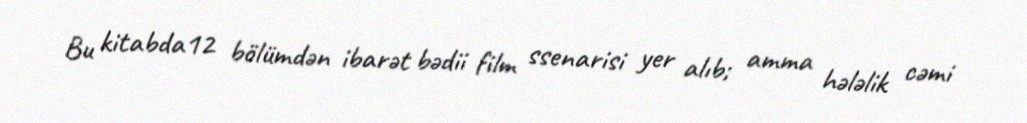
Bu kitabda12 bölümdən ibarət bədii film ssenarisi yer alıb; amma hələlik cəmi